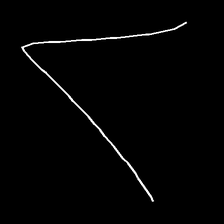
Glyph: region